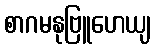
စာဂမနုဗြူဟေယျ